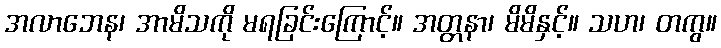
အလာဘေန၊ အာမိသကို မရခြင်းကြောင့်။ အတ္တနာ၊ မိမိနှင့်။ သဟ၊ တကွ။